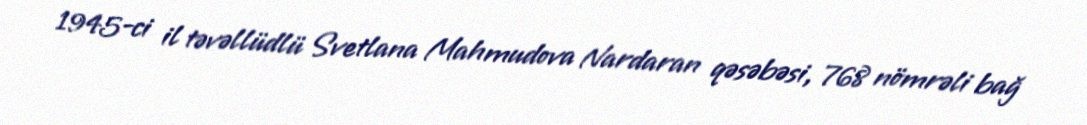
1945-ci il təvəllüdlü Svetlana Mahmudova Nardaran qəsəbəsi, 768 nömrəli bağ